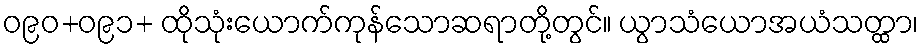
ဝ၉၀+ဝ၉၁+ ထိုသုံးယောက်ကုန်သောဆရာတို့တွင်။ ယွာသံယောအယံသတ္ထာ၊